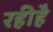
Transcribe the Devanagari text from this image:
रहीहै